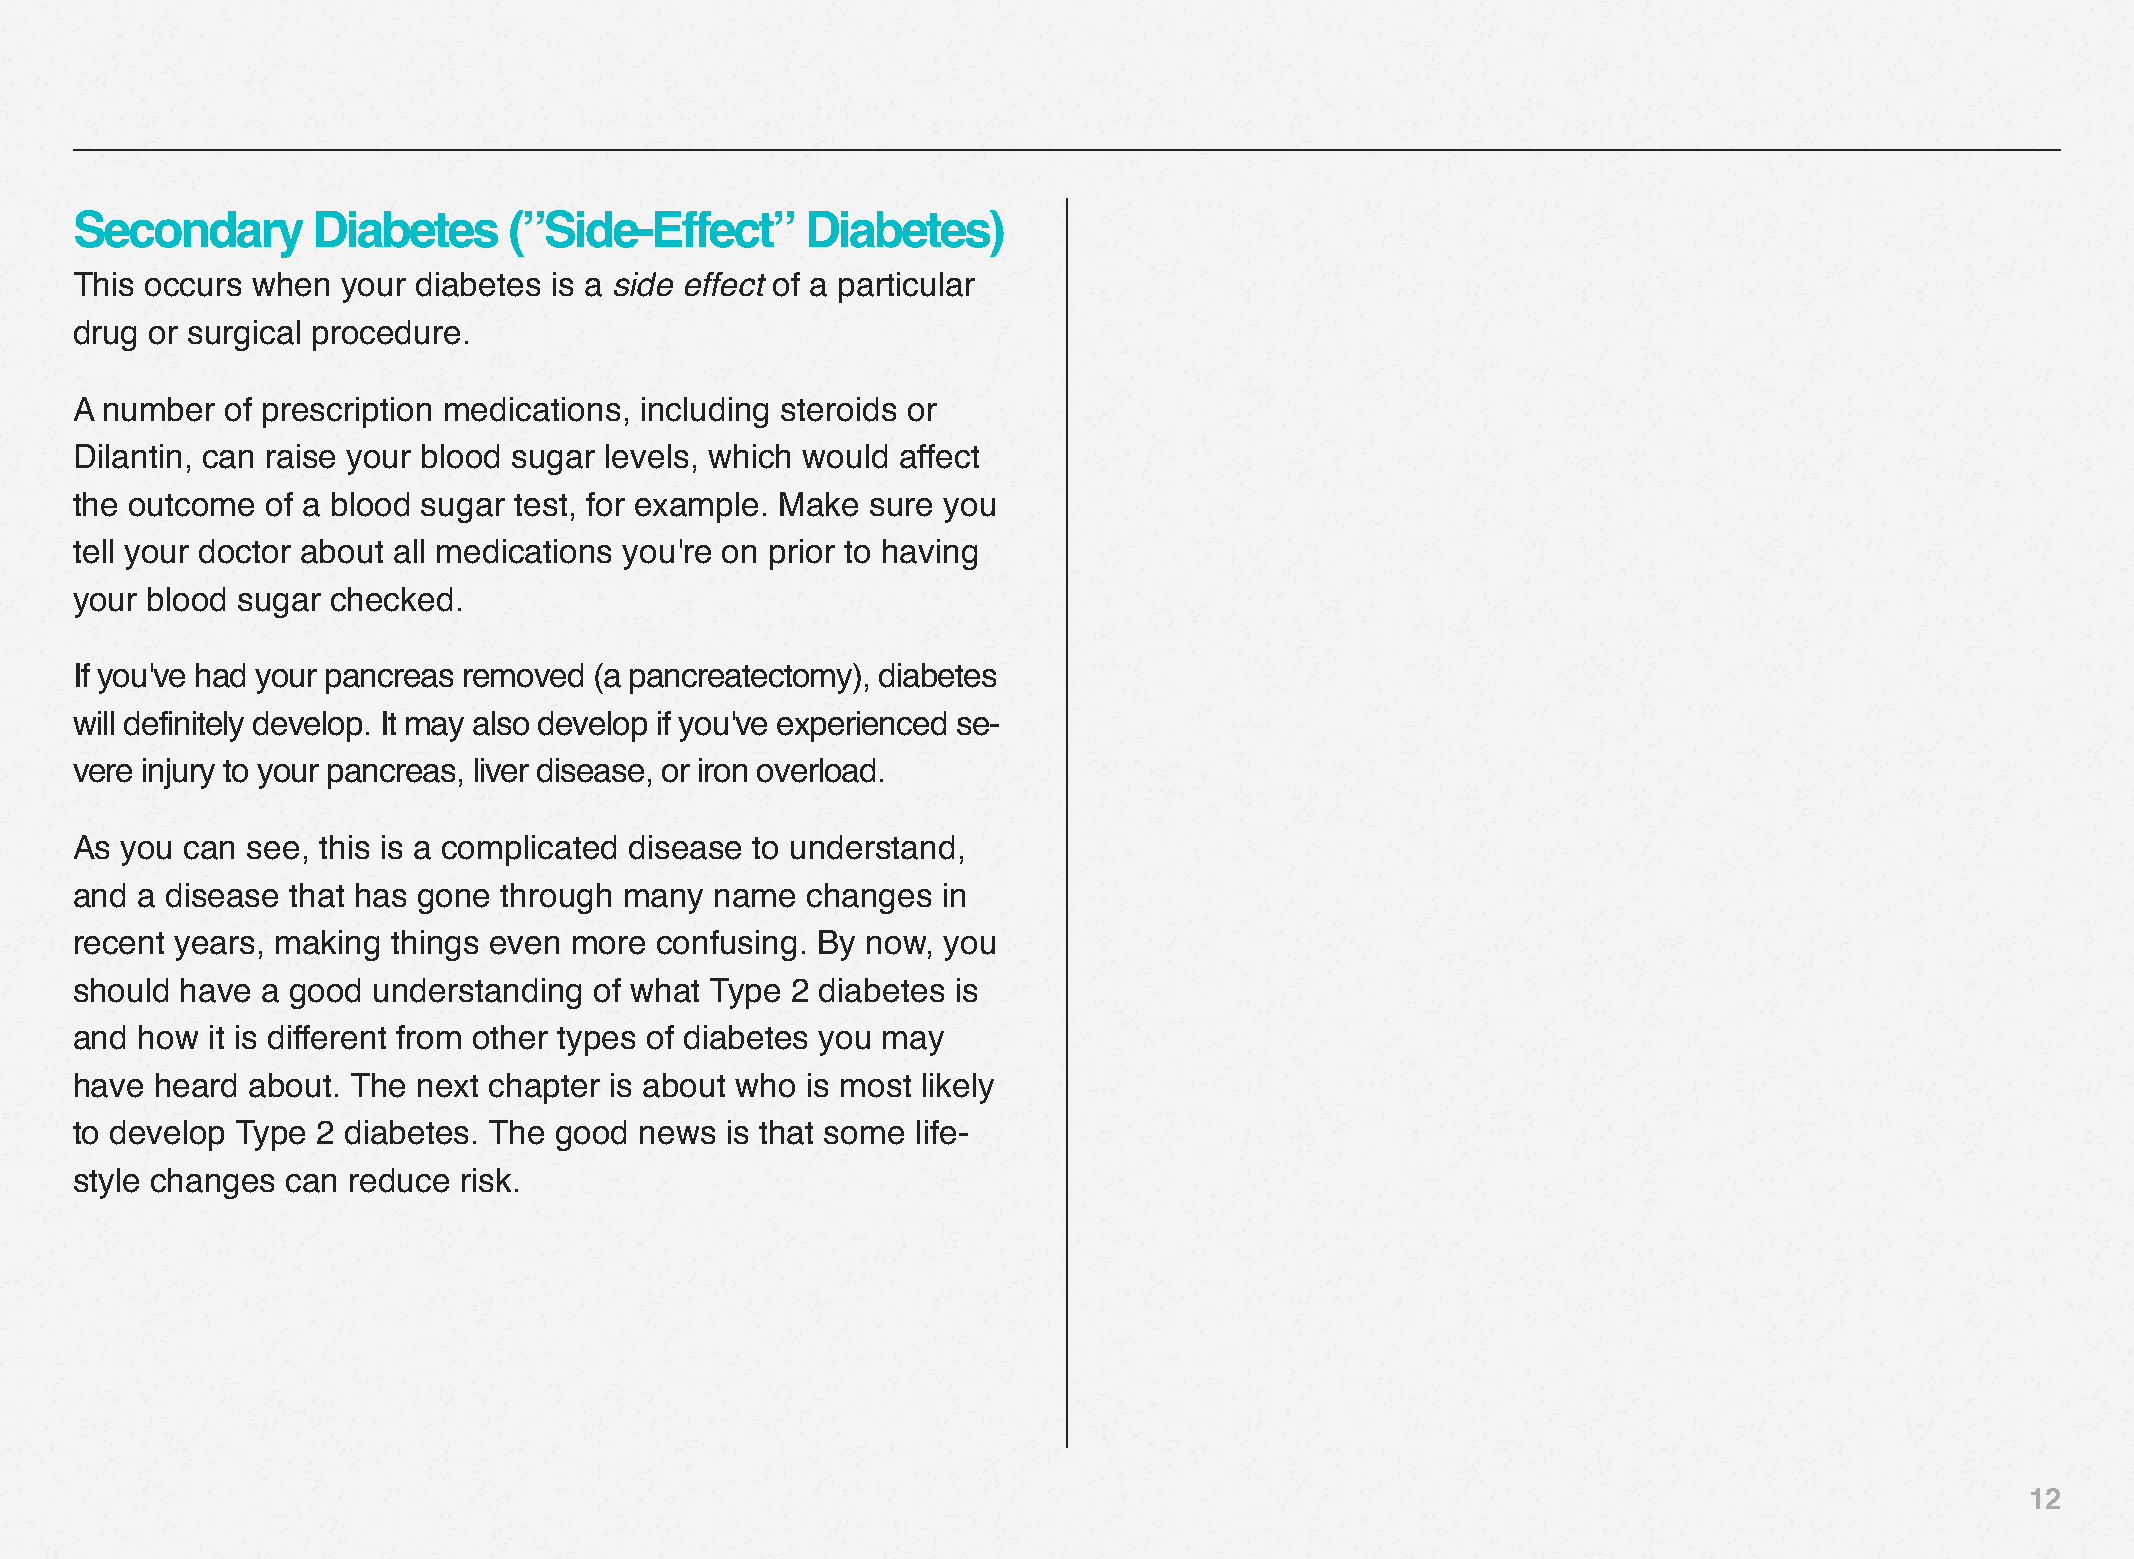
Secondary       Diabetes     (”Side-Effect”     Diabetes)
 This occurs when  your diabetes is a side effect of a particular
 drug or surgical procedure.
 A number  of prescription medications, including steroids or
 Dilantin, can raise your blood sugar levels, which would affect
 the outcome  of a blood sugar test, for example. Make sure you
 tell your doctor about all medications you're on prior to having
 your blood sugar checked.
 If you've had your pancreas removed (a pancreatectomy), diabetes
 will definitely develop. It may also develop if you've experienced se-
 vere injury to your pancreas, liver disease, or iron overload.
 As you can see, this is a complicated disease to understand,
 and a disease that has gone through many  name  changes  in
 recent years, making things even more confusing. By now, you
 should have a good  understanding of what Type 2 diabetes is
 and how  it is different from other types of diabetes you may
 have heard about. The  next chapter is about who is most likely
 to develop Type 2 diabetes. The good news  is that some life-
 style changes can reduce risk.
 12